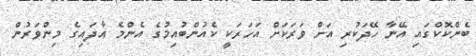
ބެންކޮކްގައި އޭނާ ހޭދަކުރި އަށް ވަރަކަށް އަހަރަކީ ކެއުންބުއިމުގެ އެންމެ އާދައިގެ މިންވަރުން